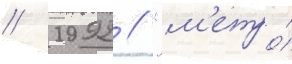
// 1992 // "м'етро́